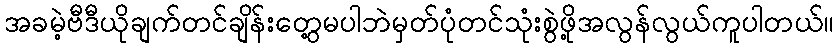
အခမဲ့ဗီဒီယိုချက်တင်ချိန်းတွေ့မပါဘဲမှတ်ပုံတင်သုံးစွဲဖို့အလွန်လွယ်ကူပါတယ်။